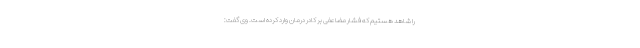
را شاهد هستیم که فشار مضاعفی بر کادر درمان وارد کرده است. وی گفت: